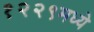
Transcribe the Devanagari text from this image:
१२२९मध्ये